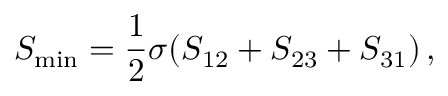
S _ { \mathrm { m i n } } = { \frac { 1 } { 2 } } \sigma ( S _ { 1 2 } + S _ { 2 3 } + S _ { 3 1 } ) \, ,